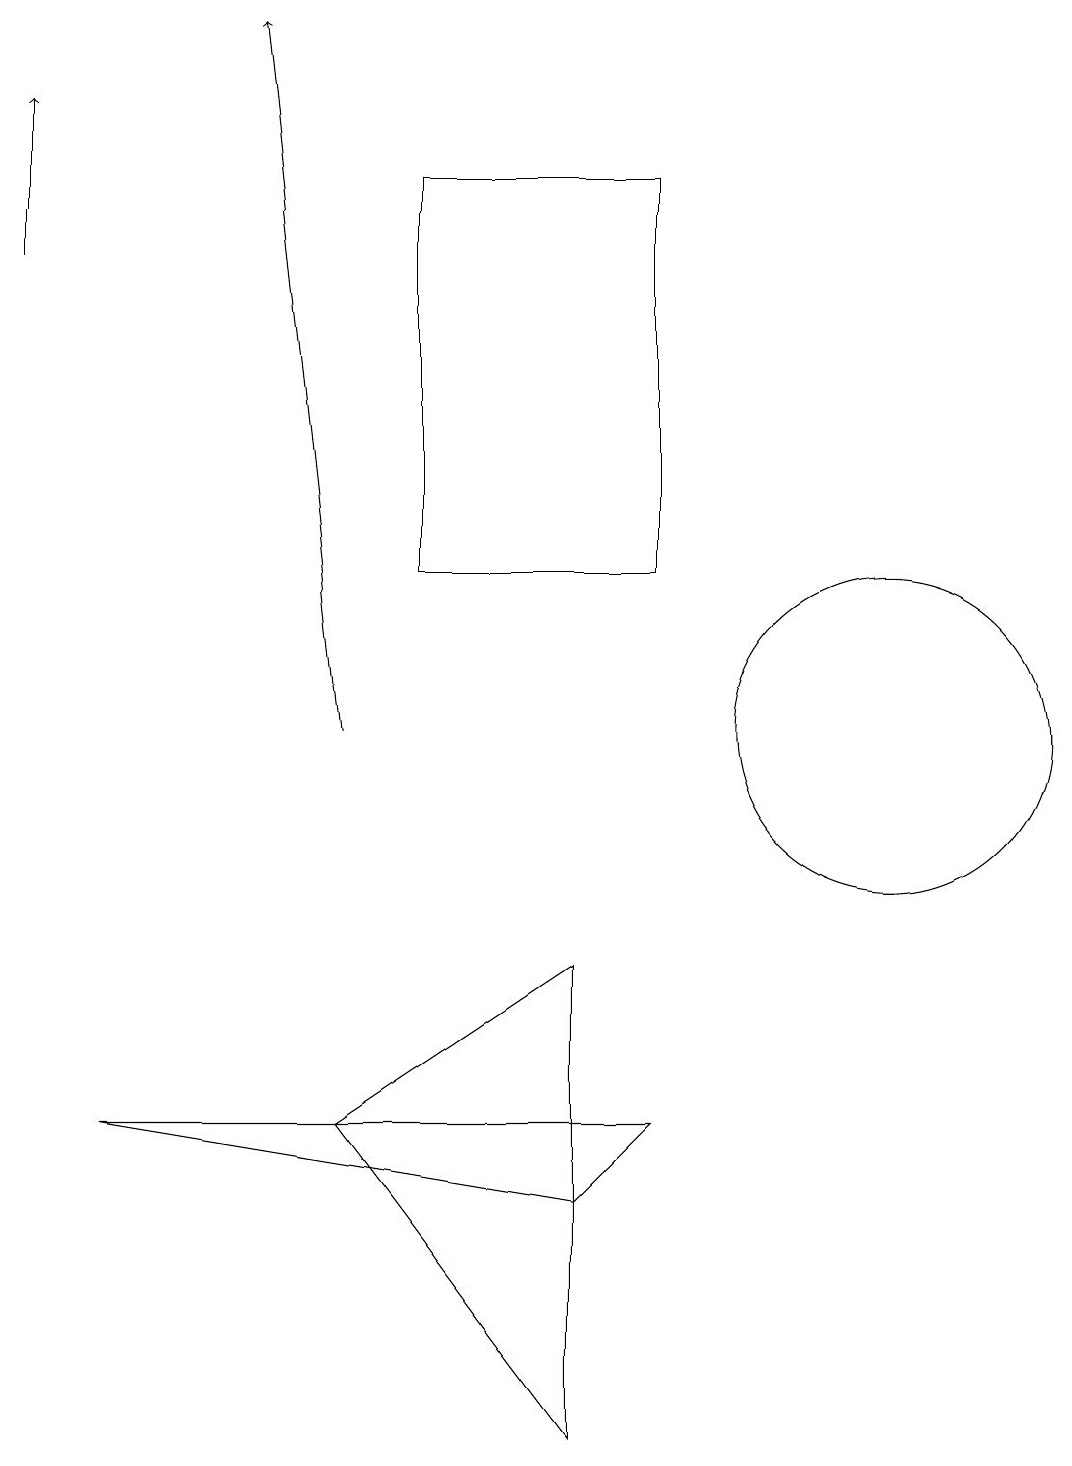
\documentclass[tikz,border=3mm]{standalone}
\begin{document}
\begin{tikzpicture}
\draw (9,10) rectangle (9,10);
\draw (8,12) rectangle (5,17);
\draw (4,5) -- (7,7) -- (7,1) -- cycle;
\draw[->] (0,16) -- (0,18);
\draw (11,10) circle (2);
\draw (8,5) -- (7,4) -- (1,5) -- cycle;
\draw[->] (4,10) -- (3,19);
\draw (10,11) circle (0);
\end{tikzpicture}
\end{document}